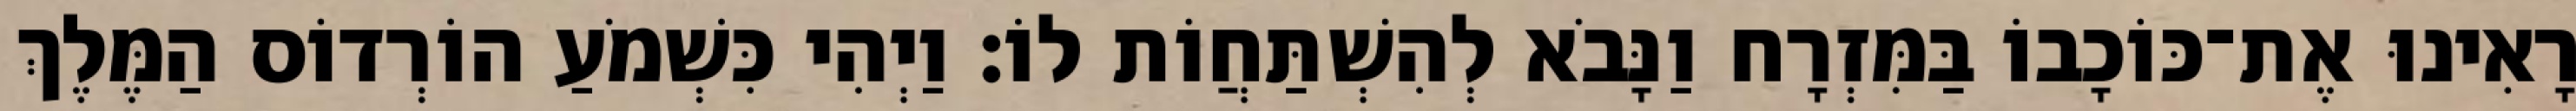
רָאִינוּ אֶת־כּוֹכָבוֹ בַּמִּזְרָח וַנָּבֹא לְהִשְׁתַּחֲוֹת לוֹ׃ וַיְהִי כִּשְׁמֹעַ הוֹרְדוֹס הַמֶּלֶךְ